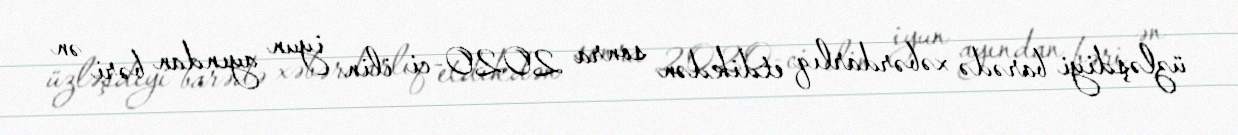
üzləşdiyi barədə xəbərdarlıq etdikdən sonra 2020-ci ilin iyun ayından bəri ən